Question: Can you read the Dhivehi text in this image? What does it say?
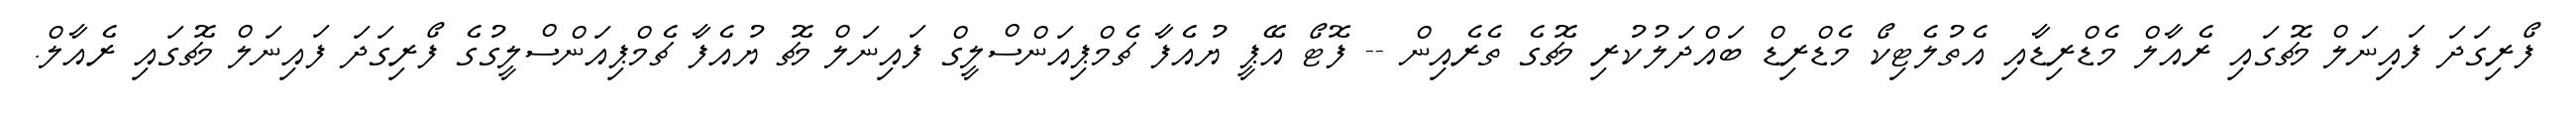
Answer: ފޯރިގަދަ ފައިނަލް މެޗުގައި ރެއާލް މެޑްރިޑާއި އެތުލެޓިކޯ މެޑްރިޑް ބައްދަލުކުރި މެޗުގެ ތެރެއިން -- ފޮޓޯ އޭޕީ ޔުއެފާ ޗެމްޕިއަންސްލީގް ފައިނަލް މެޗު ޔުއެފާ ޗެމްޕިއަންސްލީގުގެ ފޯރިގަދަ ފައިނަލް މެޗުގައި ރެއާލް.